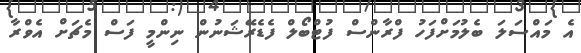
އެ މައްސަލަ ބެލުމަށްފަހު ފްރާންސް ފުޓްބޯލް ފެޑެރޭޝަނުން ނިންމީ ފަސް މެޗަށް އެވްރާ